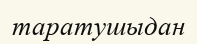
таратушыдан